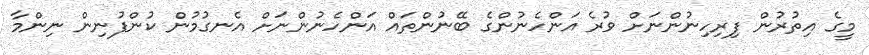
މީގެ އިތުރުން ފިރިހިނުންނަށް ވުރެ އަންހެނުންގެ ބޭނުންތައް އަންހެނުންނަށް އެނގުމުން ކުންފުނިން ނިންމާ